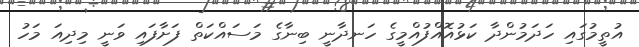
އުތީމުގައި ހަދަމުންދާ ކަޅުއޮއްފުއްމީގެ ހަނދާނީ ބިނާގެ މަސައްކަތް ފަށާފައި ވަނީ މިދިއަ މަހު